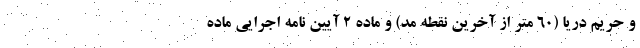
و حریم دریا (۶۰ متر از آخرین نقطه مد) و ماده ۲ آیین نامه اجرایی ماده